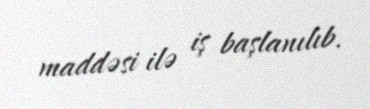
maddəsi ilə iş başlanılıb.